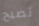
تصبح